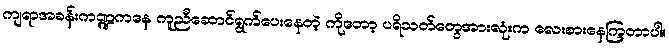
ကျရာအခန်းကဏ္ဍကနေ ကူညီဆောင်ရွက်ပေးနေတဲ့ ကိုတော့ ပရိသတ်တွေအားလုံးက လေးစားနေကြတာပါ။